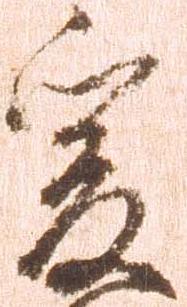
爰